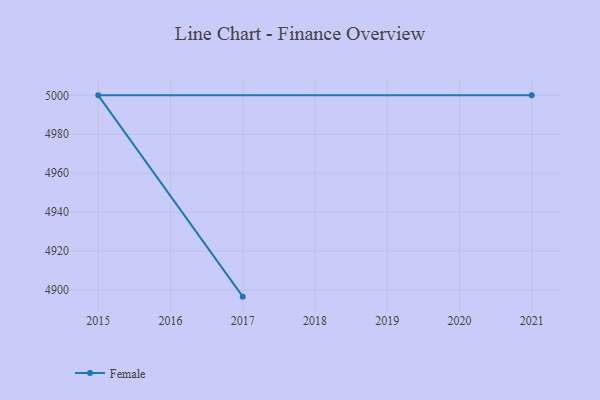
{"axis": {"x": "Year", "y": "Satisfaction Score"}, "legend": ["Female"], "data": [{"x": "2017", "y": 4896.6, "type": "Female"}, {"x": "2015", "y": 5000, "type": "Female"}, {"x": "2021", "y": 5000, "type": "Female"}]}